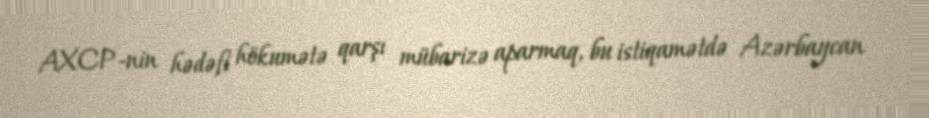
AXCP-nin hədəfi hökumətə qarşı mübarizə aparmaq, bu istiqamətdə Azərbaycan